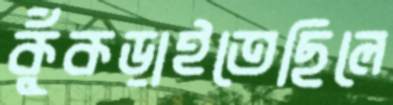
কুঁকড়াইতেছিলে